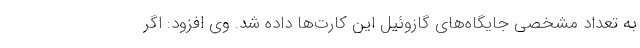
به تعداد مشخصی جایگاه‌های گازوئیل این کارت‌ها داده شد. وی افزود: اگر